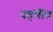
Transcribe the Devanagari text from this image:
पहणीत